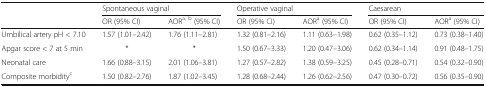
<table><thead><tr><td></td><td colspan="2"><b>Spontaneous vaginal</b></td><td colspan="2"><b>Operative vaginal</b></td><td colspan="2"><b>Caesarean</b></td></tr><tr><td></td><td><b>OR (95% CI)</b></td><td><b>AOR<sup>a, b</sup> (95% CI)</b></td><td><b>OR (95% CI)</b></td><td><b>AOR<sup>a</sup> (95% CI)</b></td><td><b>OR (95% CI)</b></td><td><b>AOR<sup>a</sup> (95% CI)</b></td></tr></thead><tbody><tr><td>Umbilical artery pH &lt; 7.10</td><td>1.57 (1.01–2.42)</td><td>1.76 (1.11–2.81)</td><td>1.32 (0.81–2.16)</td><td>1.11 (0.63–1.98)</td><td>0.62 (0.35–1.12)</td><td>0.73 (0.38–1.40)</td></tr><tr><td>Apgar score &lt; 7 at 5 min</td><td>*</td><td>*</td><td>1.50 (0.67–3.33)</td><td>1.20 (0.47–3.06)</td><td>0.62 (0.34–1.14)</td><td>0.91 (0.48–1.75)</td></tr><tr><td>Neonatal care</td><td>1.66 (0.88–3.15)</td><td>2.01 (1.06–3.81)</td><td>1.27 (0.57–2.82)</td><td>1.38 (0.59–3.25)</td><td>0.45 (0.28–0.71)</td><td>0.54 (0.32–0.90)</td></tr><tr><td>Composite morbidity<sup>c</sup></td><td>1.50 (0.82–2.76)</td><td>1.87 (1.02–3.45)</td><td>1.28 (0.68–2.44)</td><td>1.26 (0.62–2.56)</td><td>0.47 (0.30–0.72)</td><td>0.56 (0.35–0.90)</td></tr></tbody></table>